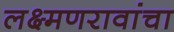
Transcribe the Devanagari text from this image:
लक्ष्मणरावांचा